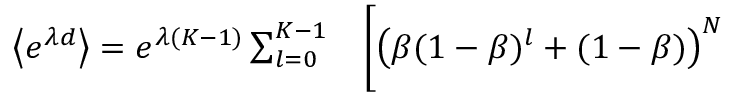
\begin{array} { r l } { \left\langle e ^ { \lambda d } \right\rangle = e ^ { \lambda ( K - 1 ) } \sum _ { l = 0 } ^ { K - 1 } } & { { } \biggl [ \left( \beta ( 1 - \beta ) ^ { l } + ( 1 - \beta ) \right) ^ { N } } \end{array}